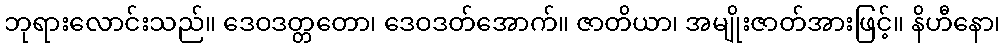
ဘုရားလောင်းသည်။ ဒေဝဒတ္တတော၊ ဒေဝဒတ်အောက်။ ဇာတိယာ၊ အမျိုးဇာတ်အားဖြင့်။ နိဟီနော၊